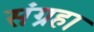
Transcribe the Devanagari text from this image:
संग्रहा